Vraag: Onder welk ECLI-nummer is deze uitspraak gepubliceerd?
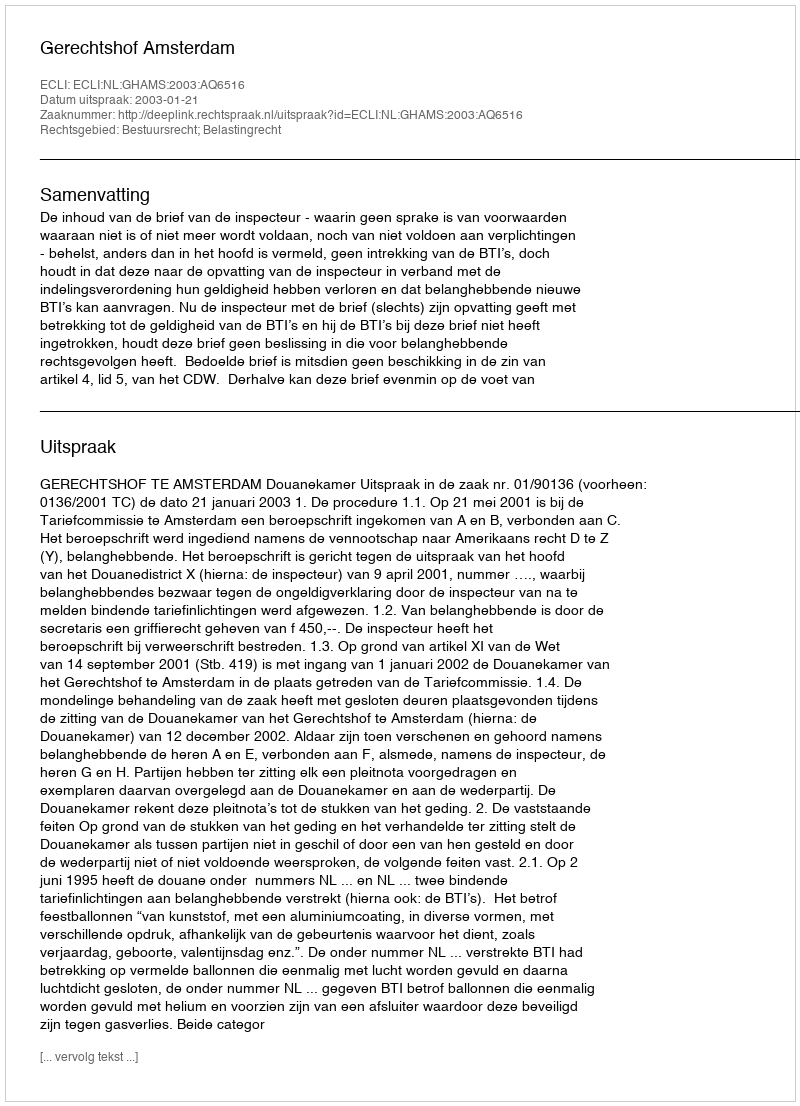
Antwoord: ECLI:NL:GHAMS:2003:AQ6516